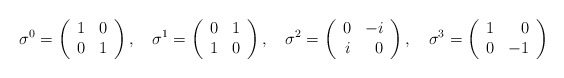
\begin{align*}\sigma^0=\left( \begin{array}{rr}1&0\\0&1\end{array}\right),\quad\sigma^1=\left( \begin{array}{rr}0&1\\1&0\end{array}\right),\quad\sigma^2=\left( \begin{array}{rr}0&-i\\i&0\end{array}\right),\quad\sigma^3=\left( \begin{array}{rr}1&0\\0&-1\end{array}\right)\end{align*}